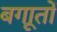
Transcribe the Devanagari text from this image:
बगाूतों